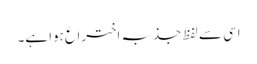
اسی سے لفظ جذبہ اختراع ہوا ہے۔